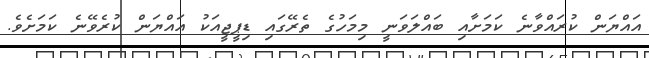
އައްޔަން ކުރައްވާނެ ކަމަށާއި ބައްލަވަނީ މިމަހުގެ ތެރޭގައި ޑިޕީޖީއަކު އައްޔަން ކުރެވޭނެ ކަމަށެވެ.